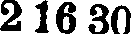
216 30